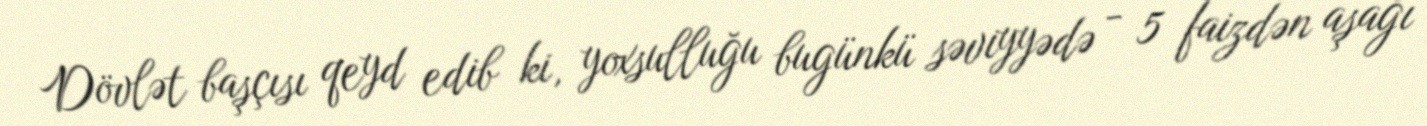
Dövlət başçısı qeyd edib ki, yoxsulluğu bugünkü səviyyədə - 5 faizdən aşağı